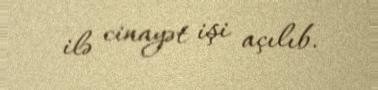
ilə cinayət işi açılıb.